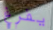
يفرغ